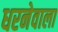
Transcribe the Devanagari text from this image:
धरनेवाला